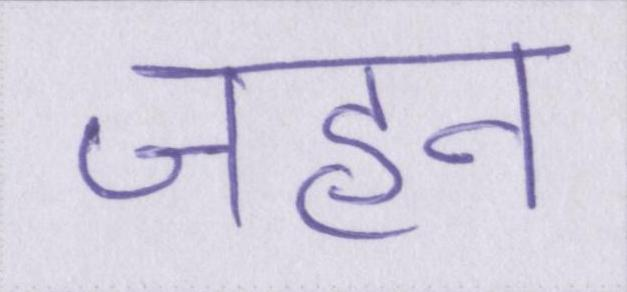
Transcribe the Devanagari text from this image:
जहन